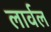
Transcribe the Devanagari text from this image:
लार्वल